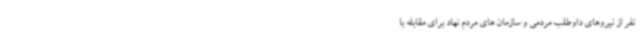
نفر از نیروهای داوطلب مردمی و سازمان های مردم نهاد برای مقابله با